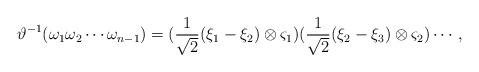
LaTeX: \begin{align*}\vartheta^{-1}(\omega_1\omega_2\cdots \omega_{n-1})=(\frac{1}{\sqrt{2}}(\xi_1-\xi_2)\otimes \varsigma_1)(\frac{1}{\sqrt{2}}(\xi_2-\xi_3)\otimes \varsigma_2)\cdots,\end{align*}